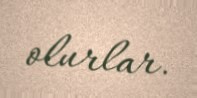
olurlar.